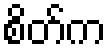
စိတ်က